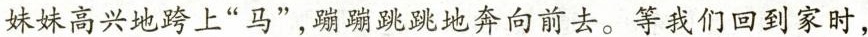
妹妹高兴地跨上“马”，蹦蹦跳跳地奔向前去。等我们回到家时，